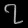
Digit: ၇